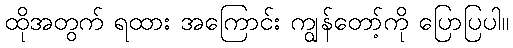
ထိုအတွက် ရထား အကြောင်း ကျွန်တော့်ကို ပြောပြပါ။